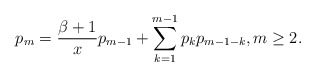
\begin{align*}p_m=\frac{\beta+1}{x}p_{m-1}+\sum_{k=1}^{m-1}p_kp_{m-1-k}, m\geq2. \end{align*}